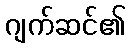
ဂျက်ဆင်၏